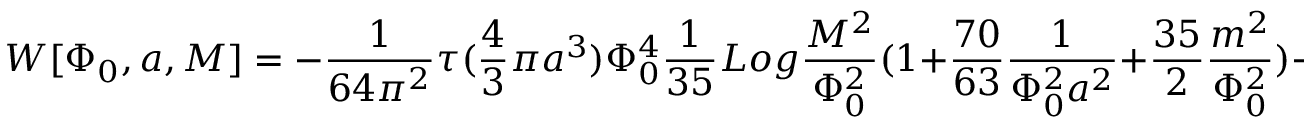
W [ \Phi _ { 0 } , a , M ] = - { \frac { 1 } { 6 4 \pi ^ { 2 } } } \tau ( { \frac { 4 } { 3 } } \pi a ^ { 3 } ) \Phi _ { 0 } ^ { 4 } { \frac { 1 } { 3 5 } } L o g { \frac { M ^ { 2 } } { \Phi _ { 0 } ^ { 2 } } } ( 1 + { \frac { 7 0 } { 6 3 } } { \frac { 1 } { \Phi _ { 0 } ^ { 2 } a ^ { 2 } } } + { \frac { 3 5 } { 2 } } { \frac { m ^ { 2 } } { \Phi _ { 0 } ^ { 2 } } } ) + . . .